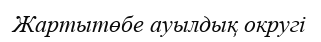
Жартытөбе ауылдық округі